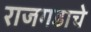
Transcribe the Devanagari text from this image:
राजगडाचे